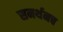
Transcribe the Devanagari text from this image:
समर्थनच